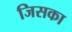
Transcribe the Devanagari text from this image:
जिसका